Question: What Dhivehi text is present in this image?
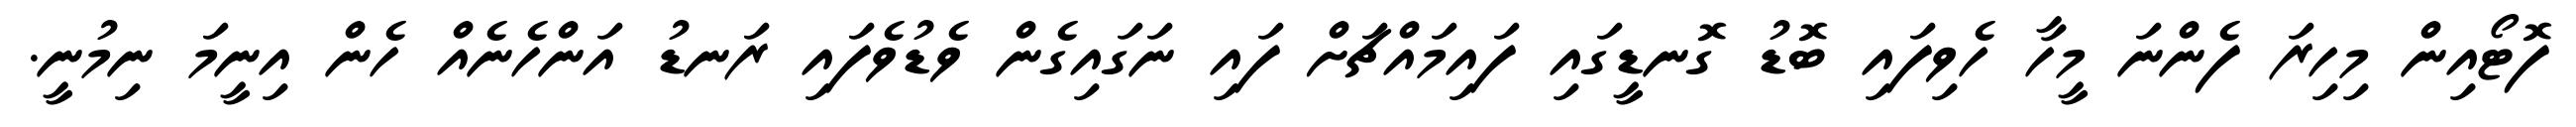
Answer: ފޮޓޯއިން މިހިރަ ފެންނަ މީހާ ހެވިފައި ބޮޑު ގޮނޑީގައި ފައިމައްޗަށް ފައި ނަގައިގެން ވެޑުވެފައި ރަނޑު އަންހެނެއް ހެން އިނީމަ ނިމުނީ.